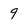
Character: 9